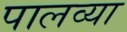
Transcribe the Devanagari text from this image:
पालव्या